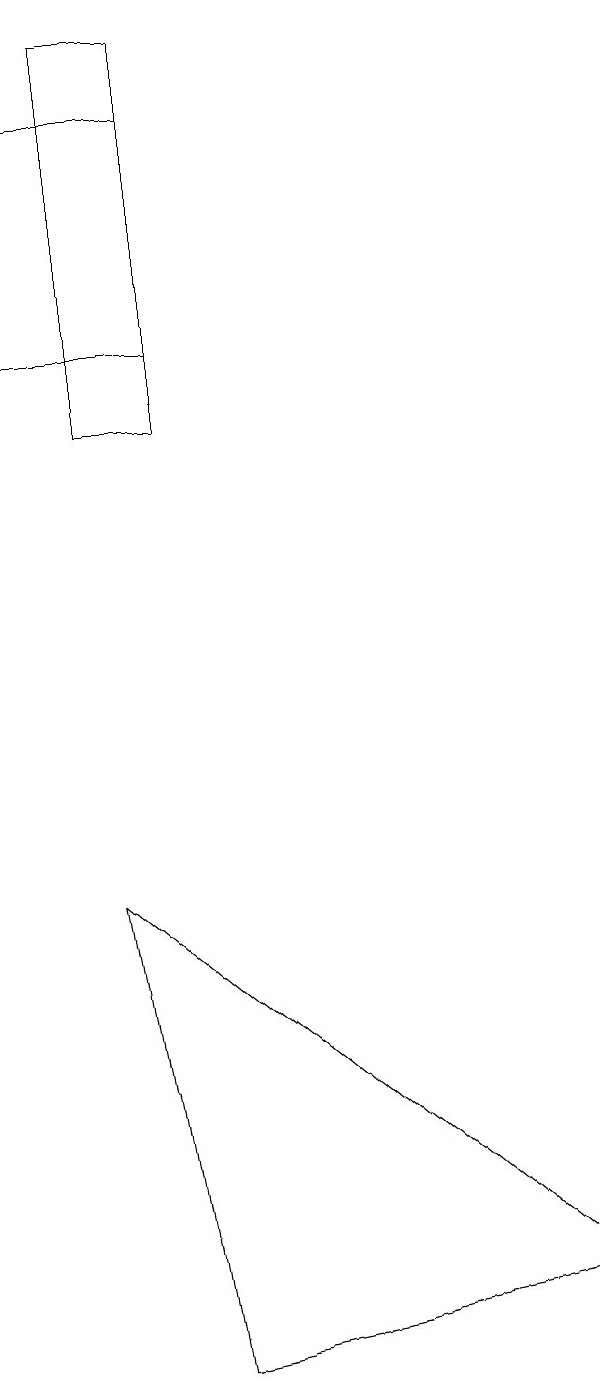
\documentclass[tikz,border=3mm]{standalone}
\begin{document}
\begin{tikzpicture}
\draw (8,3) -- (3,2) -- (2,8) -- cycle;
\draw (3,18) rectangle (1,15);
\draw (3,19) rectangle (2,14);
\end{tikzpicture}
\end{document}